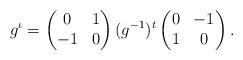
LaTeX: \begin{align*} g^\iota = \begin{pmatrix} 0&1\\-1&0\end{pmatrix} (g^{-1})^t \begin{pmatrix}0&-1\\1&0\end{pmatrix}.\end{align*}